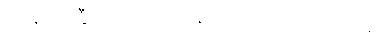
အချည်းနှီးသောအရာများကို ပြသောဂါထာ။